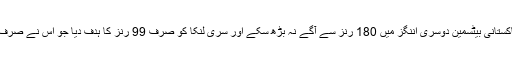
پہلی اننگز میں 451 رنز بنانے والے پاکستانی بیٹسمین دوسری اننگز میں 180 رنز سے آگے نہ بڑھ سکے اور سری لنکا کو صرف 99 رنز کا ہدف دیا جو اس نے صرف تین وکٹوں کے نقصان پر حاصل کرلیا۔